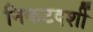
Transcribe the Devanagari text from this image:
निकटदर्शी